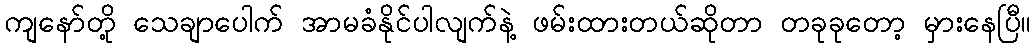
ကျနော်တို့ သေချာပေါက် အာမခံနိုင်ပါလျက်နဲ့ ဖမ်းထားတယ်ဆိုတာ တခုခုတော့ မှားနေပြီ။